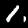
Label: 1